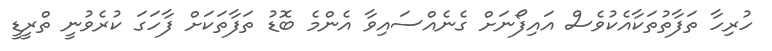
ހުރިހާ ތަފާތުތަކާއެކުވެސް އައިފޯނަށް ގެނެއްސައިވާ އެންމެ ބޮޑު ތަފާތަކަށް ފާހަގަ ކުރެވުނީ ތްރީޑީ